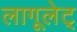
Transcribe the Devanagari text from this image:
लागूलेट्